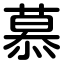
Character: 慕